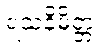
ရသနိမိတ္တ